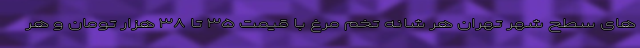
های سطح شهر تهران هر شانه تخم مرغ با قیمت ۳۵ تا ۳۸ هزار تومان و هر